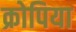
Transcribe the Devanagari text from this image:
क्रोपिया